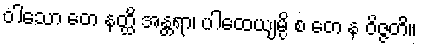
ဝါသော တေ နတ္ထိ အန္တရာ၊ ပါထေယျမ္ပိ စ တေ န ဝိဇ္ဇတိ။